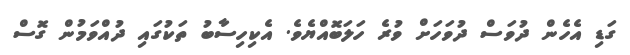
ގަޑި އެހެން ދުވަސް ދުވަހަށް ވުރެ ހަލަބޮއްޔެވެ. އެކިހިސާބު ތަކުގައި ދުއްވަމުން ގޮސް